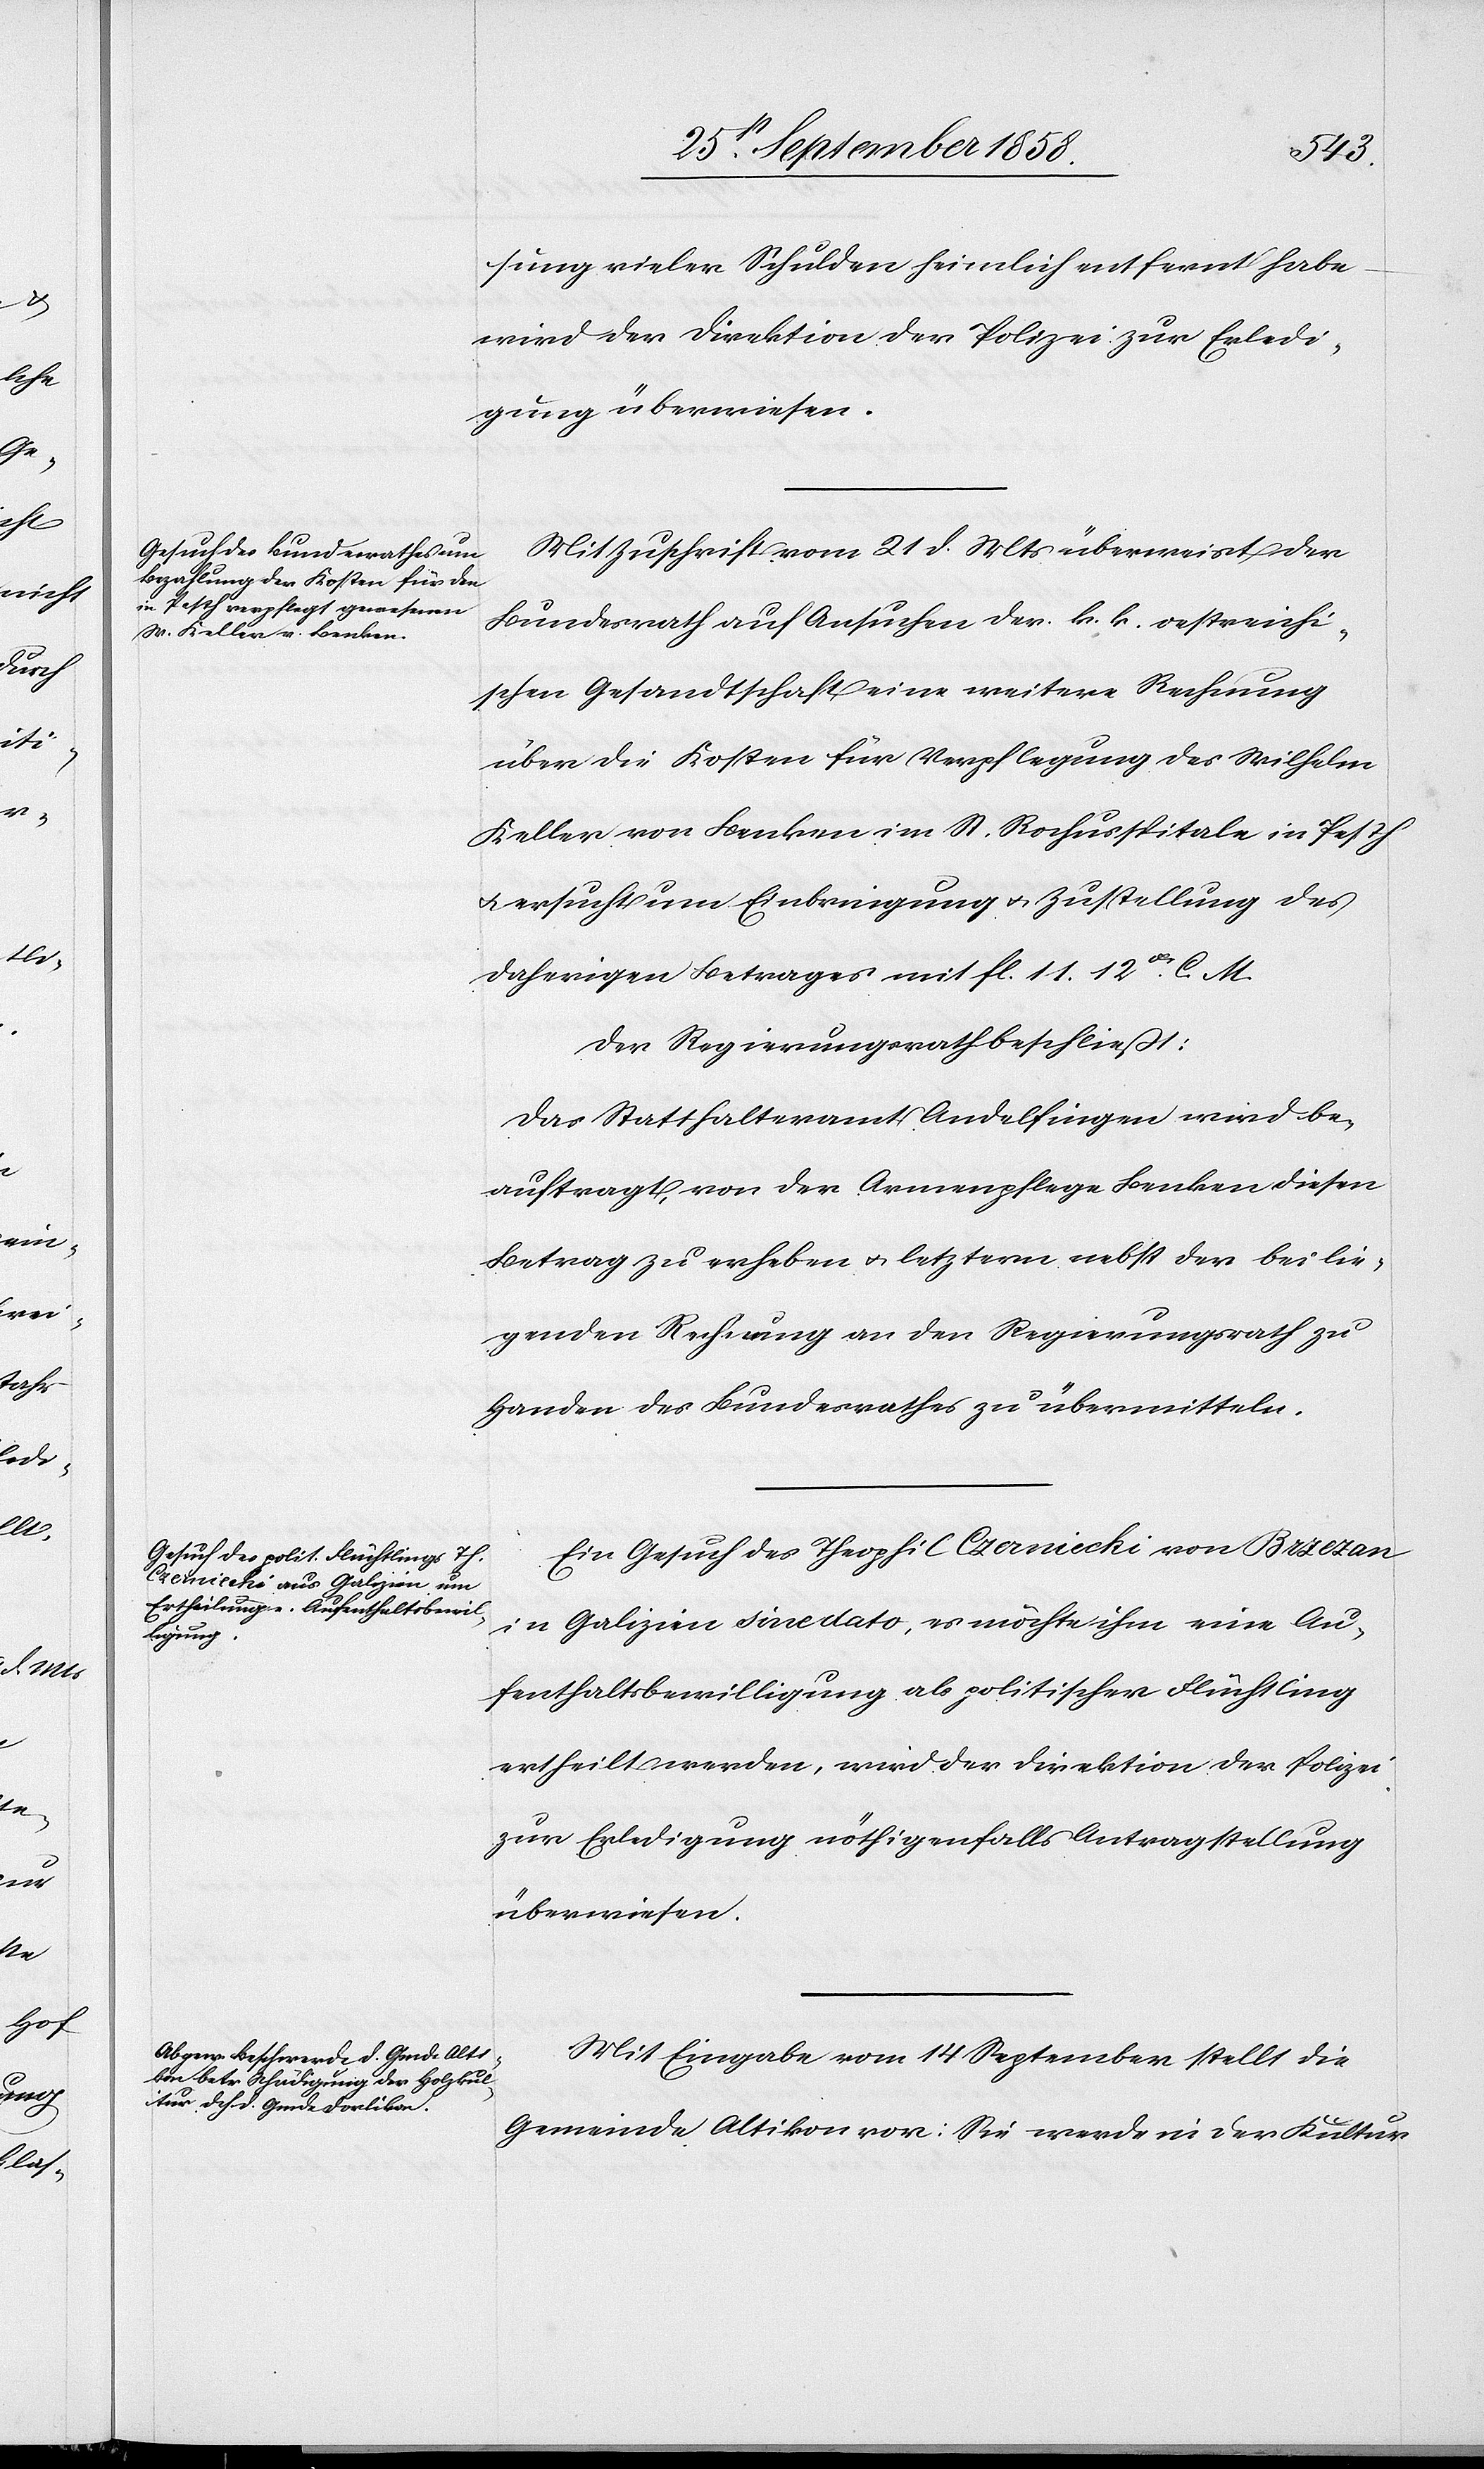
sung vieler Schulden heimlich entfernt habe
wird der Direktion der Polizei zur Erledi¬
gung überwiesen.
Mit Zuschrift vom 21 d. Mts überweist der
Bundesrath auf Ansuchen der k. k. oestreichi¬
schen Gesandtschaft eine weitere Rechnung
über die Kosten für Verpflegung des Wilhelm
Keller von Benken im St. Rochusspitale in Pesth
& ersucht um Einbringung & Zustellung des
daherigen Betrages mit fl. 11. 12xr. C. M.
Der Regierungsrath beschließt:
Das Statthalteramt Andelfingen wird be¬
auftragt, von der Armenpflege Benken diesen
Betrag zu erheben & letztern nebst der beilie¬
genden Rechnung an den Regierungsrath zu
Handen des Bundesrathes zu übermitteln.
Ein Gesuch des Theophil Czerniecki von Brzezan
in Galizien sine dato, es möchte ihm eine Au¬
fenthaltsbewilligung als politischer Flüchtling
ertheilt werden, wird der Direktion der Polizei
zur Erledigung nöthigenfalls Antragstellung
überwiesen.
Mit Eingabe vom 14 September stellt die
Gemeinde Altikon vor: Sie werde in der Kultur